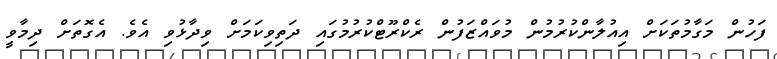
ފަހުން މަގާމުތަކަށް އިއުލާންކުރުމުން މުވައްޒަފުން ރެކްރޫޓްކުުރުމުގައި ދަތިވިކަމަަށް ވިދާޅުވި އެވެ. އެގޮތަށް ދިމާވީ